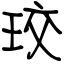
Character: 珓